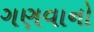
ગણવાનો